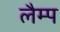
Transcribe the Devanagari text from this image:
लैम्‍प